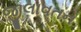
જીલાવતન